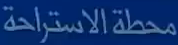
محطةالاستراحة